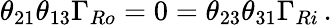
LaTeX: \theta_{21}\theta_{13}\Gamma_{Ro}=0=\theta_{23}\theta_{31}\Gamma_{Ri}\, .